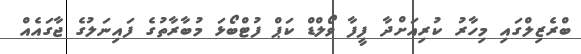
ބްރެޒިލްގައި މިހާރު ކުރިއަށްދާ ފީފާ ވޯލްޑް ކަޕް ފުޓްބޯޅަ މުބާރާތުގެ ފައިނަލުގެ ޖާގައެއް